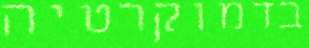
בדמוקרטיה